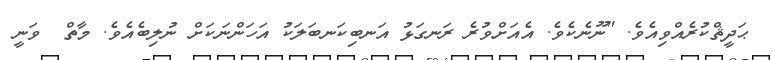
ޙަދީޘްކުރެއްވިއެވެ. "ނޫނެކެވެ. އެއަށްވުރެ ރަނގަޅު އަނބިކަނބަލަކު އަހަންނަކަށް ނުލިބެއެވެ. މާތް  ވަނީ